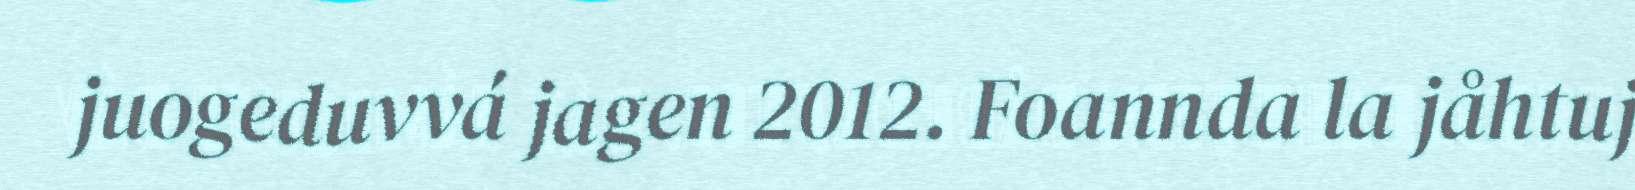
juogeduvvá jagen 2012. Foannda la jåhtuj